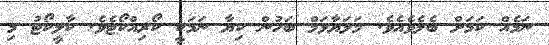
ނަމެއް ކަމަށް ބެލެވެއެވެ. މަލަޔާޅަމް ބަހުން ކިޔާ ނަމަކީ ކޯޜިއްކޯޓެވެ. ކާލީކޯޓު މި